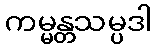
ကမ္မန္တသမ္ပဒါ